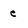
Character: e